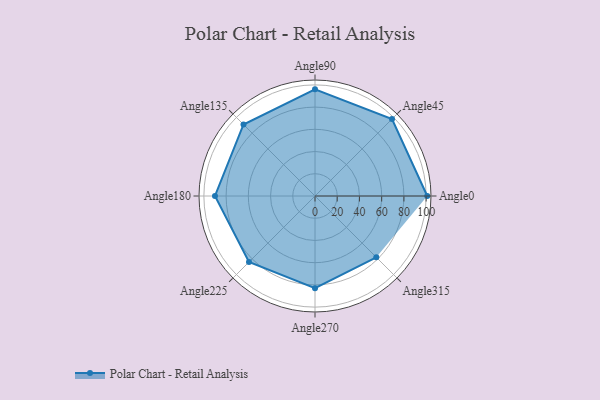
{"axis": {"x": "Angle", "y": "Radius"}, "legend": [""], "data": [{"x": "Angle0", "y": 101.0, "type": ""}, {"x": "Angle45", "y": 98.0, "type": ""}, {"x": "Angle90", "y": 96.0, "type": ""}, {"x": "Angle135", "y": 91.0, "type": ""}, {"x": "Angle180", "y": 90.0, "type": ""}, {"x": "Angle225", "y": 84.0, "type": ""}, {"x": "Angle270", "y": 83.0, "type": ""}, {"x": "Angle315", "y": 78.0, "type": ""}]}